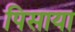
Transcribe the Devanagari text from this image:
पिसाया